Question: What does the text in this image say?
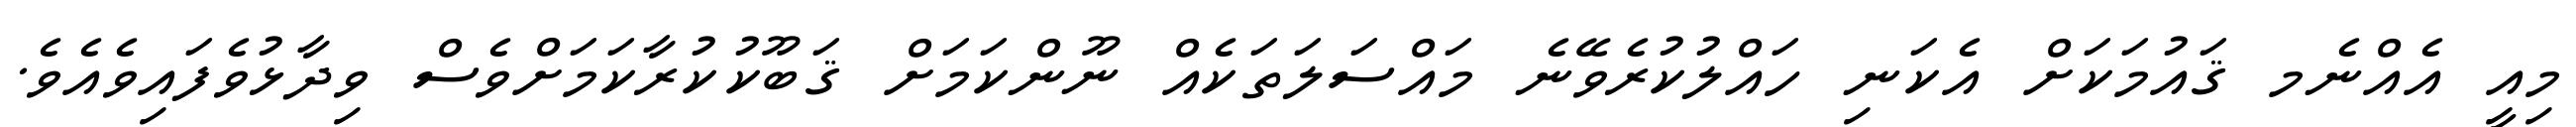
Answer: މިއީ އެއްނެމ ޤައުމަކަށް އެކަނި ހައްލުކުރެވޭނެ މައްސަލަތަކެއް ނޫންކަމަށް ޤަބޫކުކުރާކަމަށްވެސް ވިދާޅުވެފައިވެއެވެ.